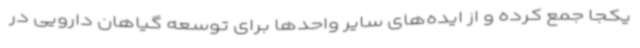
یکجا جمع کرده و از ایده‌های سایر واحدها برای توسعه گیاهان دارویی در